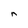
Character: n